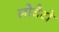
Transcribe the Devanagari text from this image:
लोवैटो